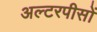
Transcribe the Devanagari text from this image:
अल्टरपीसों